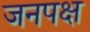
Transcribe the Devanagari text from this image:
जनपक्ष